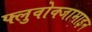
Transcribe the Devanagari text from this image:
फ्लुवोक्जामाइन